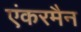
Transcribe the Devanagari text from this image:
एंकरमैन